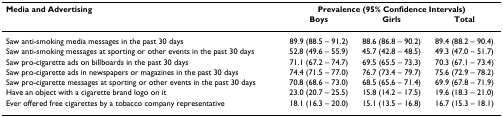
<table><thead><tr><td><b>Media and Advertising</b></td><td colspan="3"><b>Prevalence (95% Confidence Intervals)</b></td></tr><tr><td></td><td><b>Boys</b></td><td><b>Girls</b></td><td><b>Total</b></td></tr></thead><tbody><tr><td>Saw anti-smoking media messages in the past 30 days</td><td>89.9 (88.5 – 91.2)</td><td>88.6 (86.8 – 90.2)</td><td>89.4 (88.2 – 90.4)</td></tr><tr><td>Saw anti-smoking messages at sporting or other events in the past 30 days</td><td>52.8 (49.6 – 55.9)</td><td>45.7 (42.8 – 48.5)</td><td>49.3 (47.0 – 51.7)</td></tr><tr><td>Saw pro-cigarette ads on billboards in the past 30 days</td><td>71.1 (67.2 – 74.7)</td><td>69.5 (65.5 – 73.3)</td><td>70.3 (67.1 – 73.4)</td></tr><tr><td>Saw pro-cigarette ads in newspapers or magazines in the past 30 days</td><td>74.4 (71.5 – 77.0)</td><td>76.7 (73.4 – 79.7)</td><td>75.6 (72.9 – 78.2)</td></tr><tr><td>Saw pro-cigarette messages at sporting or other events in the past 30 days</td><td>70.8 (68.6 – 73.0)</td><td>68.5 (65.6 – 71.4)</td><td>69.9 (67.8 – 71.9)</td></tr><tr><td>Have an object with a cigarette brand logo on it</td><td>23.0 (20.7 – 25.5)</td><td>15.8 (14.2 – 17.5)</td><td>19.6 (18.3 – 21.0)</td></tr><tr><td>Ever offered free cigarettes by a tobacco company representative</td><td>18.1 (16.3 – 20.0)</td><td>15.1 (13.5 – 16.8)</td><td>16.7 (15.3 – 18.1)</td></tr></tbody></table>